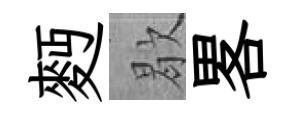
麪歇畧